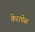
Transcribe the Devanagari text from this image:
केरापेस